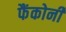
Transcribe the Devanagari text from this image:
फैंकोनी